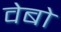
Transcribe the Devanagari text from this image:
वेबो